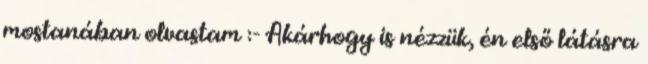
mostanában olvastam :- Akárhogy is nézzük, én első látásra